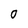
Character: O